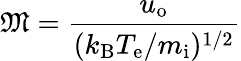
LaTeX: {\mathfrak{M}}={\frac{u_{\mathrm{o}}}{(k_{\mathrm{B}}T_{\mathrm{e}}/m_{\mathrm{i}})^{1/2}}}